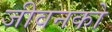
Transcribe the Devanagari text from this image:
जीवनको